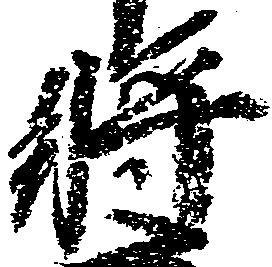
将